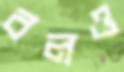
বলও